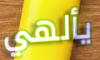
يألهي